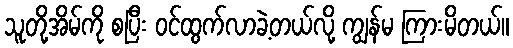
သူတို့အိမ်ကို စပြီး ဝင်ထွက်လာခဲ့တယ်လို့ ကျွန်မ ကြားမိတယ်။